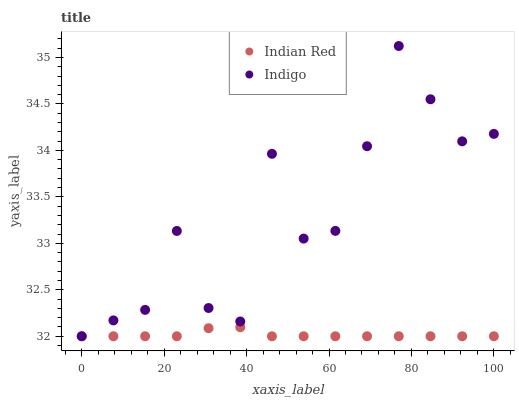
| xaxis_label | Indian Red | Indigo |
 | --- | --- | --- |
 | 0 | 32 | 32 |
 | 7.69 | 32 | 32.2 |
 | 15.4 | 32 | 32.3 |
 | 23.1 | 32 | 33.1 |
 | 30.8 | 32.1 | 32.3 |
 | 38.5 | 32.1 | 32.2 |
 | 46.2 | 32 | 34 |
 | 53.8 | 32 | 33.1 |
 | 61.5 | 32 | 33.1 |
 | 69.2 | 32 | 34 |
 | 76.9 | 32 | 35.1 |
 | 84.6 | 32 | 34.6 |
 | 92.3 | 32 | 34.1 |
 | 100 | 32 | 34.2 |